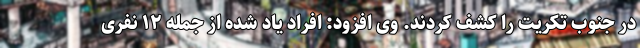
در جنوب تکریت را کشف کردند. وی افزود: افراد یاد شده از جمله ۱۲ نفری